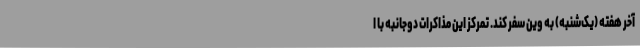
آخر هفته (یک‌شنبه) به وین سفر کند. تمرکز این مذاکرات دوجانبه با ا